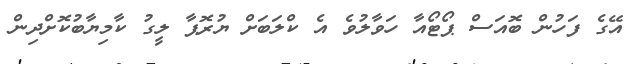
އޭގެ ފަހުން ބޮއަސް ޕޯޓޯއާ ހަވާލުވެ އެ ކްލަބަށް ޔުރޮޕާ ލީގު ކާމިޔާބުކޮށްދިން